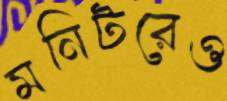
মনিটরেও